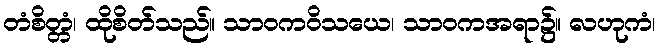
တံစိတ္တံ၊ ထိုစိတ်သည်။ သာဝကဝိသယေ၊ သာဝကအရာ၌။ လဟုကံ၊